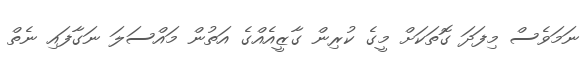
ނަމަވެސް މިފަދަ ގޮތަކަށް މީގެ ކުރިން ގާޒީއެއްގެ އަތުން މައްސަލަ ނަގާފައި ނެތް